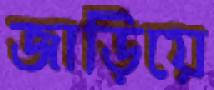
জাড়িয়ে